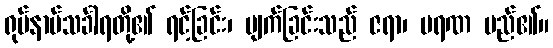
ရုပ်နာမ်သင်္ခါရတို့၏ ရင့်ခြင်း၊ ပျက်ခြင်းသည် ဇရာ၊ မရဏ မည်၏။